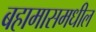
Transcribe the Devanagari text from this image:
बहामासमधील